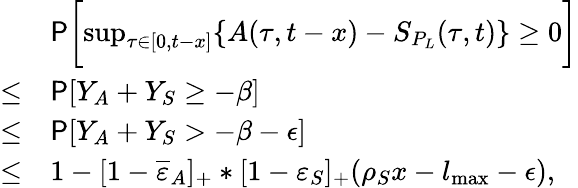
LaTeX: \begin{array}{rl}&{\mathsf{P}\biggl[\operatorname*{sup}_{\tau\in[0,t-x]}\{ A(\tau,t-x)-S_{P_{L}}(\tau,t)\} \ge 0\biggr]}\\ {\le}&{\mathsf{P}[Y_{A}+Y_{S}\ge-\beta]}\\ {\le}&{\mathsf{P}[Y_{A}+Y_{S}>-\beta-\epsilon]}\\ {\le}&{1-[1-\overline{{\varepsilon}}_{A}]_{+}\ast[1-\varepsilon_{S}]_{+}(\rho_{S}x-l_{\operatorname*{max}}-\epsilon),}\end{array}